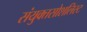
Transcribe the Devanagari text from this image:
संयुक्तसोशलिस्ट